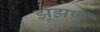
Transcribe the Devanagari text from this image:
झूंझणूं